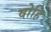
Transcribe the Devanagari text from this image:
वोहि